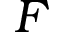
F